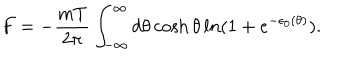
F = - { \frac { m T } { 2 \pi } } \int _ { - \infty } ^ { \infty } d \theta \cosh \theta \, l n ( 1 + e ^ { - \epsilon _ { 0 } ( \theta ) } ) .